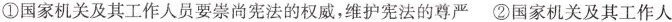
①国家关及其工作人员要崇尚宪法的权威，维护宪法的尊 ②国家机关及其工作人